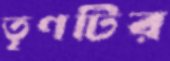
তৃণটির